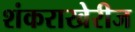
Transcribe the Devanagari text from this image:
शंकराखेरीज